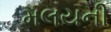
મલયની